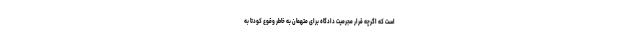
است که اگرچه قرارِ مجرمیت دادگاه برای متهمان به خاطر وقوعِ کودتا به